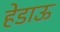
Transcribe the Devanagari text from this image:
हेडाऊ